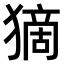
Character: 𤠻